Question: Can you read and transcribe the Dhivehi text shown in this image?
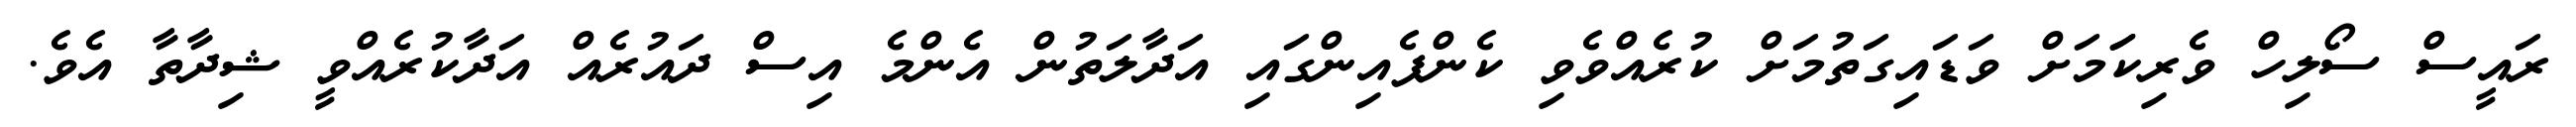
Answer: ރައީސް ސޯލިހް ވެރިކަަމަށް ވަޑައިގަތުމަށް ކުރެއްވެވި ކެންޕެއިންގައި އަދާލަތުން އެންމެ އިސް ދައުރެއް އަދާކުރެއްވީ ޝިދާތާ އެވެ.